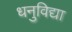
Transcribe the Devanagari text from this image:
धनुविद्या